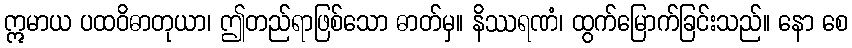
ဣမာယ ပထဝိဓာတုယာ၊ ဤတည်ရာဖြစ်သော ဓာတ်မှ။ နိဿရဏံ၊ ထွက်မြောက်ခြင်းသည်။ နော စေ